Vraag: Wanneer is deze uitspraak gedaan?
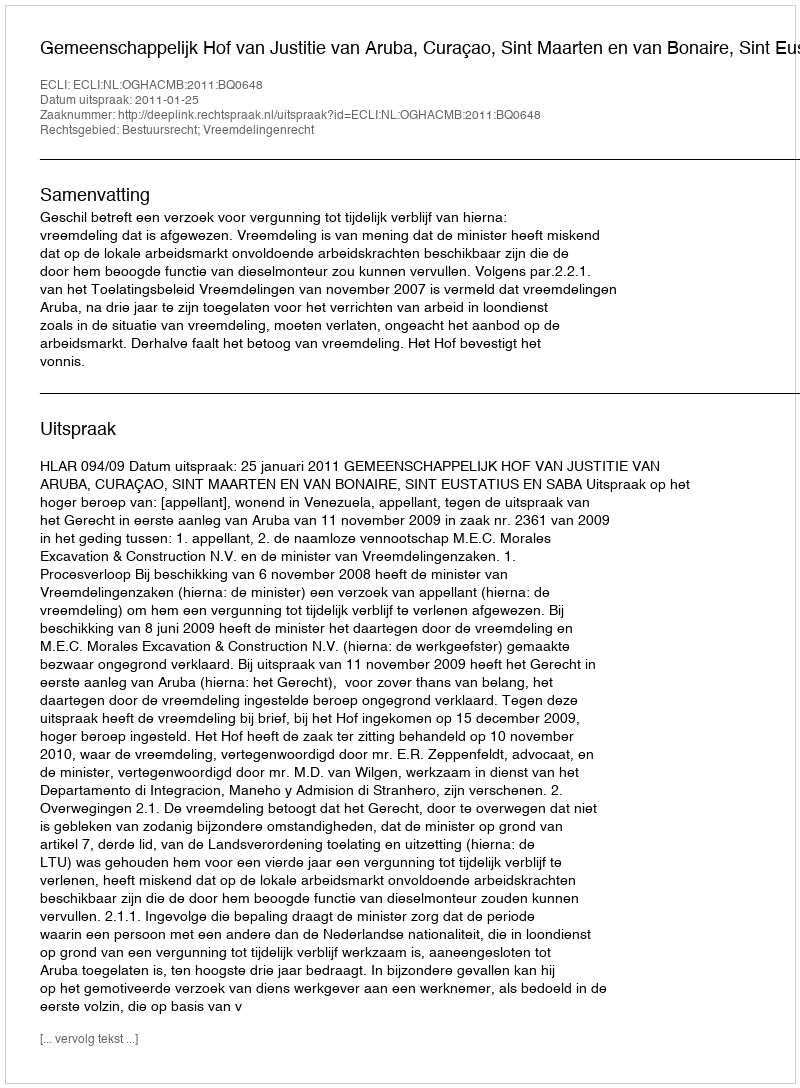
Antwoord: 2011-01-25